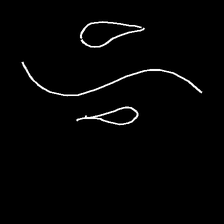
Glyph: water